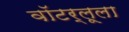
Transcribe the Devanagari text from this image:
वॉटर्लूला